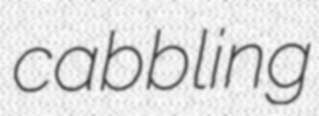
cabbling